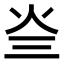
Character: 𤆜